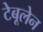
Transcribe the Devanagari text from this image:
टेबूलेन